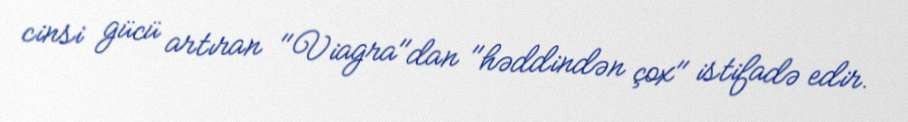
cinsi gücü artıran "Viagra"dan "həddindən çox" istifadə edir.